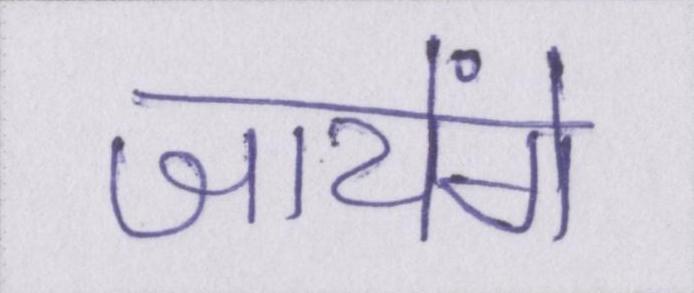
जायेंगे